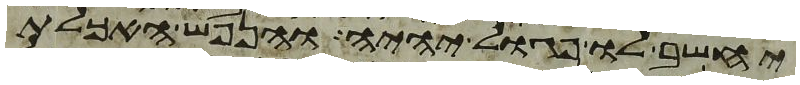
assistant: יחשב לו פגול יהיה והנפש האכלת